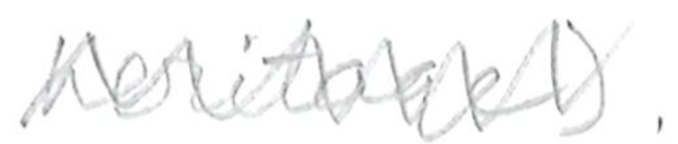
Text: heritage).
Cross-out: zig-zag
Writing tool: pencil